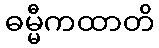
ဓမ္မီကထာတိ